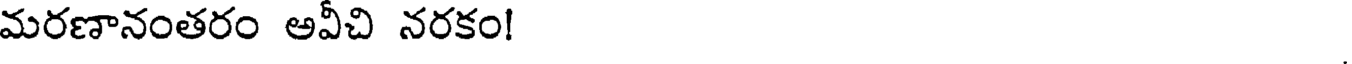
మరణానంతరం అవీచి నరకం!